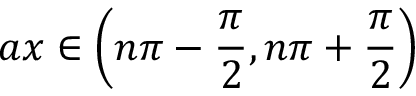
a x \in \left( n \pi - { \frac { \pi } { 2 } } , n \pi + { \frac { \pi } { 2 } } \right)